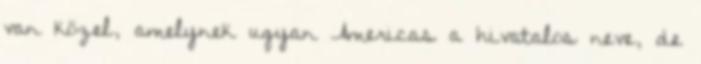
van közel, amelynek ugyan Americas a hivatalos neve, de